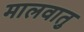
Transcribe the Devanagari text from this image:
मालवातु